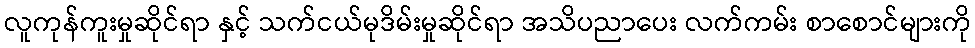
လူကုန်ကူးမှုဆိုင်ရာ နှင့် သက်ငယ်မုဒိမ်းမှုဆိုင်ရာ အသိပညာပေး လက်ကမ်း စာစောင်များကို